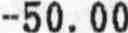
-50.00